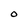
Character: O